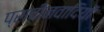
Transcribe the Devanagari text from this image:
प्राचीनवादियों